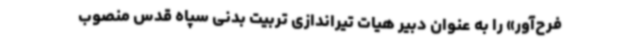
فرح‌آور» را به عنوان دبیر هیات تیراندازی تربیت بدنی سپاه قدس منصوب